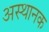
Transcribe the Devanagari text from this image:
अस्थानक